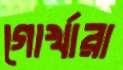
গোর্খারা